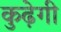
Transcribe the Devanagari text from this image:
कुढ़ेगी